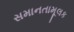
સમાનતામૂલક